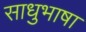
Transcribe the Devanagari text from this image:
साधुभाषा